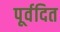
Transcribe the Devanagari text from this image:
पूर्वदित